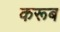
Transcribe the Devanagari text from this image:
करूब